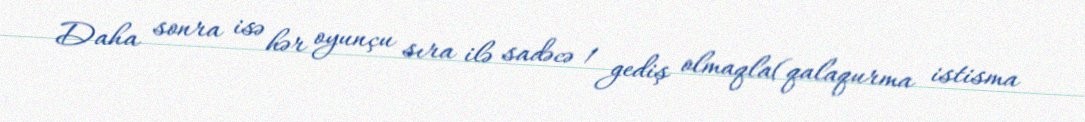
Daha sonra isə hər oyunçu sıra ilə sadəcə 1 gediş olmaqla(qalaqurma istisma